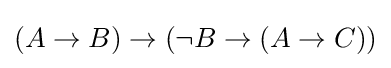
(A\to B)\to (\neg B\to (A\to C))